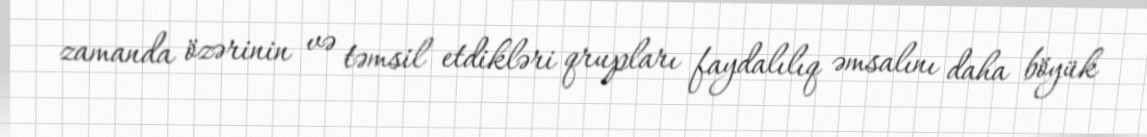
zamanda özərinin və təmsil etdikləri qrupları faydalılıq əmsalını daha böyük